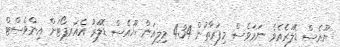
ޔޫއެސް ޑޮލަރެއެވެ. ނަމަވެސް މިފަރާތުން 434 މިލިއަން ޔޫއެސް ޑޮލަރު އެއަރޕޯޓަށް އިންވެސްޓް